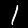
Digit: 1